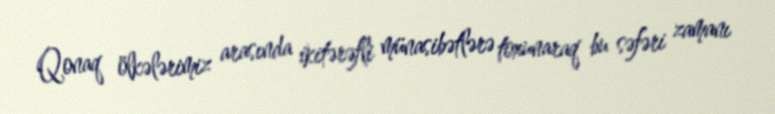
Qonaq ölkələrimiz arasında ikitərəfli münasibətlərə toxunaraq bu səfəri zamanı